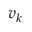
v _ { k }